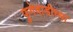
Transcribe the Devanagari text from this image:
फुगेवाडीच्या